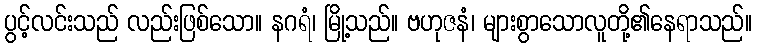
ပွင့်လင်းသည် လည်းဖြစ်သော။ နဂရံ၊ မြို့သည်။ ဗဟုဇနံ၊ များစွာသောလူတို့၏နေရာသည်။